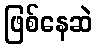
ဖြစ်နေဆဲ